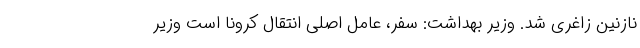
نازنین زاغری شد. وزیر بهداشت: سفر، عامل اصلی انتقال کرونا است وزیر